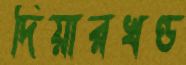
দিয়ারখণ্ড